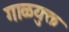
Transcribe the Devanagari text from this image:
गाळयुक्त